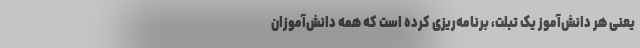
یعنی هر دانش‌آموز یک تبلت، برنامه‌ریزی کرده است که همه دانش‌آموزان